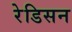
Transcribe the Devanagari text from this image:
रेडिसन